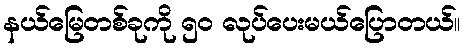
နယ်မြေတစ်ခုကို ၅၀ လုပ်ပေးမယ်ပြောတယ်။